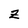
Character: z